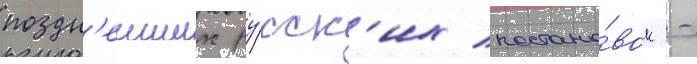
поздн'еиших ру́сск'их постано́вок -